65_HS1-834228961_62-HQ-83894_Section_1
Agency: FBI
Page 19
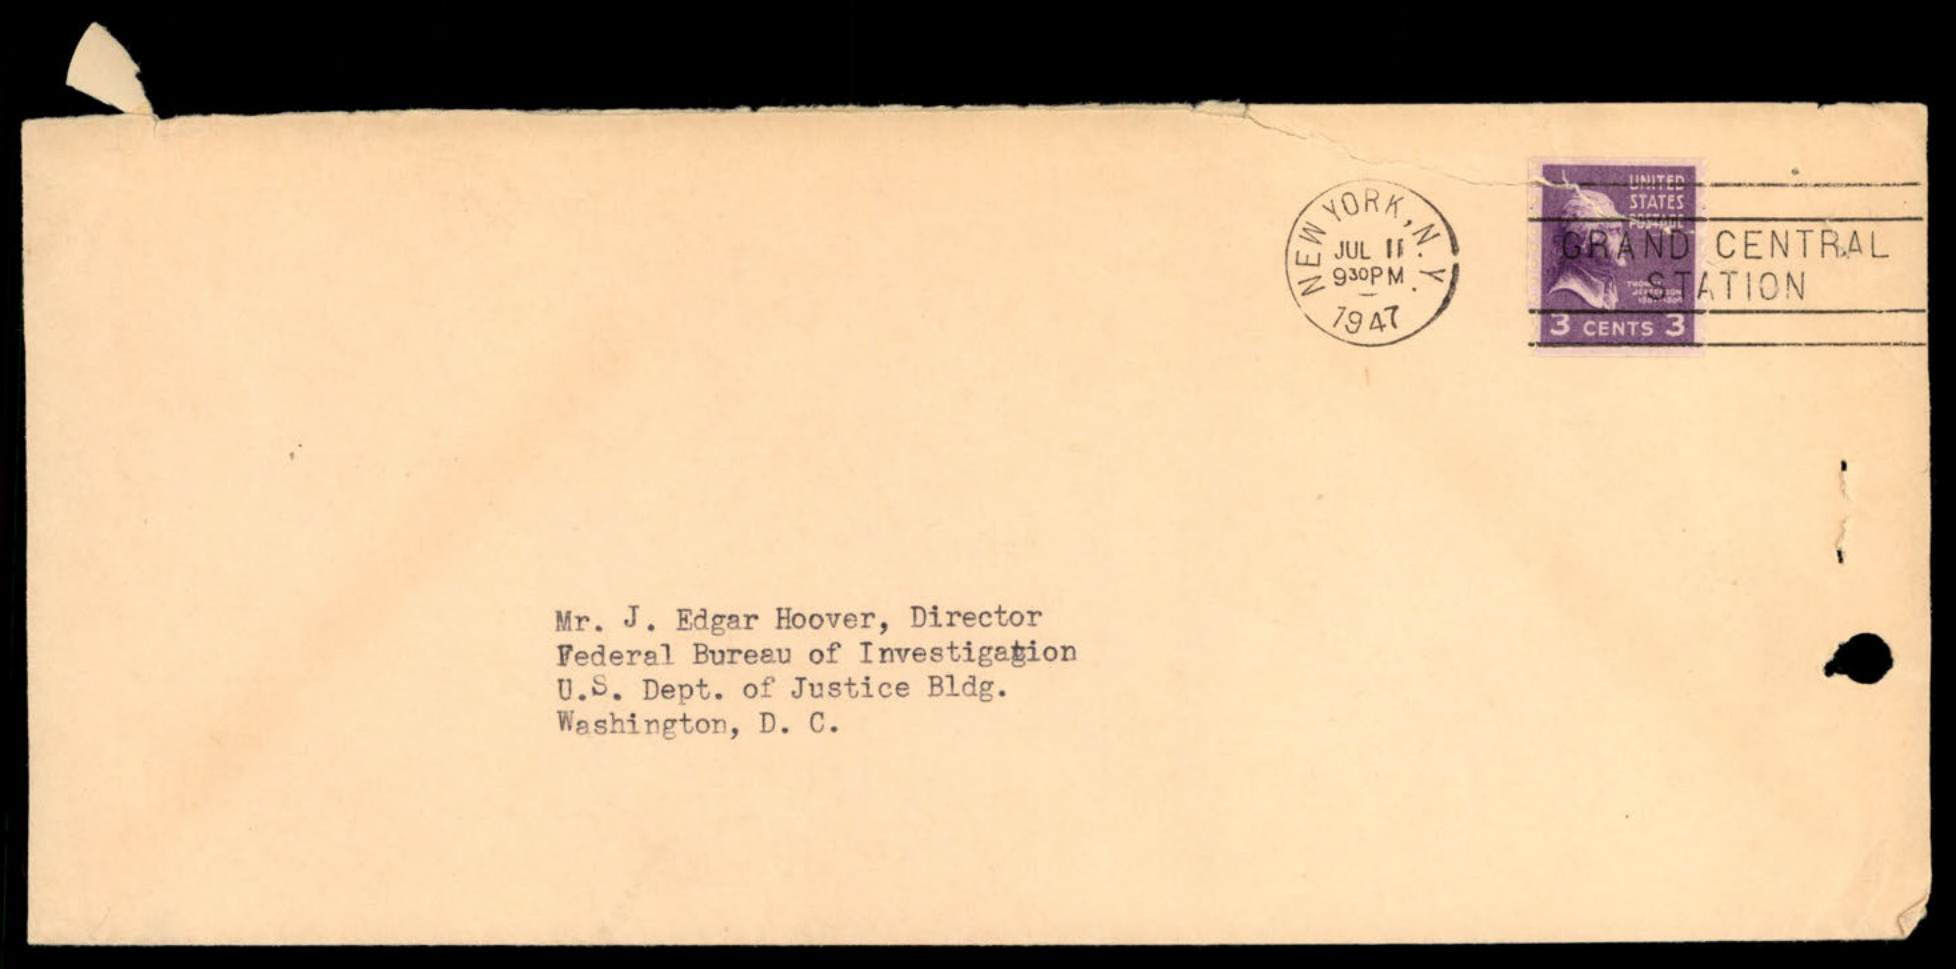